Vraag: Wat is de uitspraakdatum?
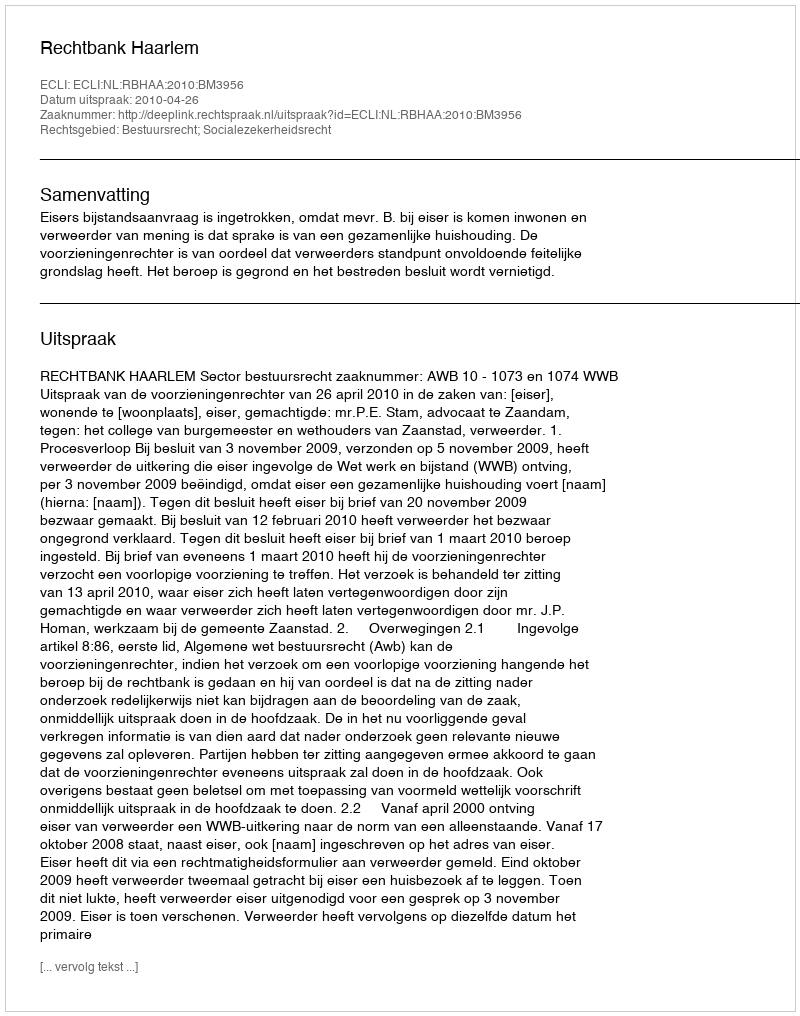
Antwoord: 2010-04-26